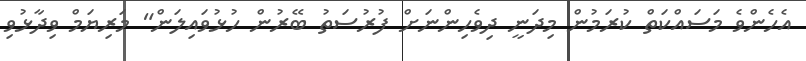
އެހެންވެ މަސައްކަތް ކުރަމުން މިދަނީ ދިވެހިންނަށް ފުރުސަތު ބޭރުން ހުޅުވައިލަން" މަރިޔަމް ވިދާޅުވި